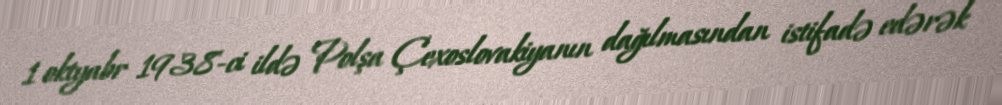
1 oktyabr 1938-ci ildə Polşa Çexoslovakiyanın dağılmasından istifadə edərək